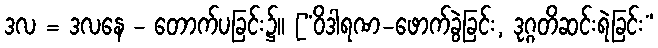
ဒလ = ဒလနေ - တောက်ပခြင်း၌။ [“ဝိဒါရဏ-ဖောက်ခွဲခြင်း, ဒုဂ္ဂတိဆင်းရဲခြင်း”